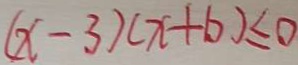
( x - 3 ) ( x + b ) \leq 0